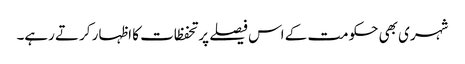
شہری بھی حکومت کے اس فیصلے پر تحفظات کا اظہار کرتے رہے۔